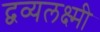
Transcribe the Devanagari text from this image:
द्वव्यलक्ष्मी